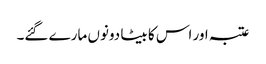
عتبہ اور اس کا بیٹا دونوں مارے گئے۔